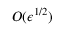
O ( \epsilon ^ { 1 / 2 } )